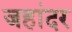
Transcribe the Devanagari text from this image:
जहांदर